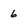
Character: 6